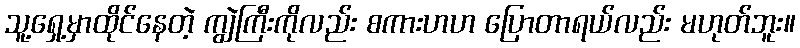
သူ့ရှေ့မှာထိုင်နေတဲ့ ကျွဲကြီးကိုလည်း စကားဟဟ ပြောတာရယ်လည်း မဟုတ်ဘူး။